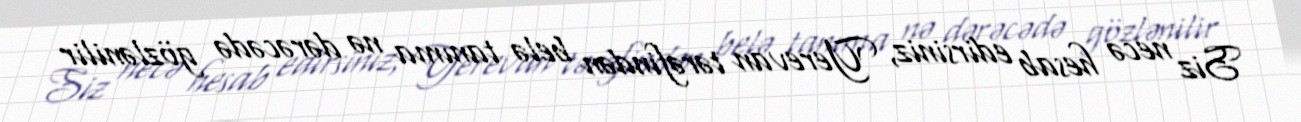
Siz necə hesab edirsiniz, Yerevan tərəfindən belə tanıma nə dərəcədə gözlənilir